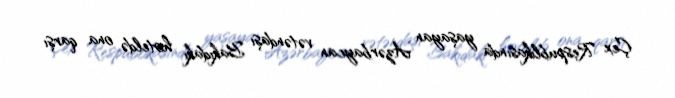
Çex Respublikasında yaşayan Azərbaycan vətəndaşı Bakıdakı hoteldə ona qarşı